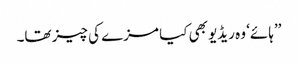
’’ہائے‘ وہ ریڈیو بھی کیا مزے کی چیز تھا۔